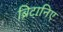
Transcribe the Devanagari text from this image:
ब्रिटानिए